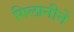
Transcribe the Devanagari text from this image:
गिलानीने